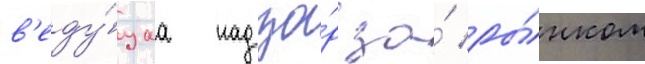
в'еду́щаа надзо́р за́ ры́нком